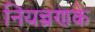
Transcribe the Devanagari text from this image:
नियन्त्रणके